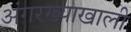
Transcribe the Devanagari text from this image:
अंगरख्याखाली